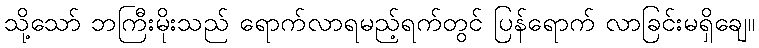
သို့သော် ဘကြီးမိုးသည် ရောက်လာရမည့်ရက်တွင် ပြန်ရောက် လာခြင်းမရှိချေ။